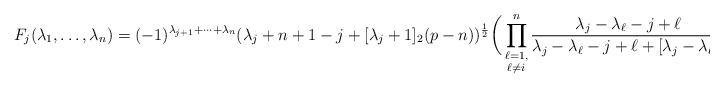
LaTeX: \begin{align*}F_j(\lambda_1,\dots,\lambda_n)=(-1)^{\lambda_{j+1}+\cdots+\lambda_n}(\lambda_j+n+1-j+[\lambda_j+1]_2(p-n))^{\frac{1}{2}}\bigg(\prod_{\substack{\ell=1,\\ \ell\neq i}}^n\frac{\lambda_j-\lambda_\ell-j+\ell}{\lambda_j-\lambda_\ell-j+\ell+[\lambda_j-\lambda_\ell]_2}\bigg)^{\frac{1}{2}}.\end{align*}